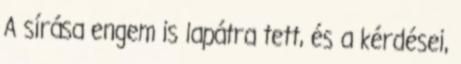
A sírása engem is lapátra tett, és a kérdései,